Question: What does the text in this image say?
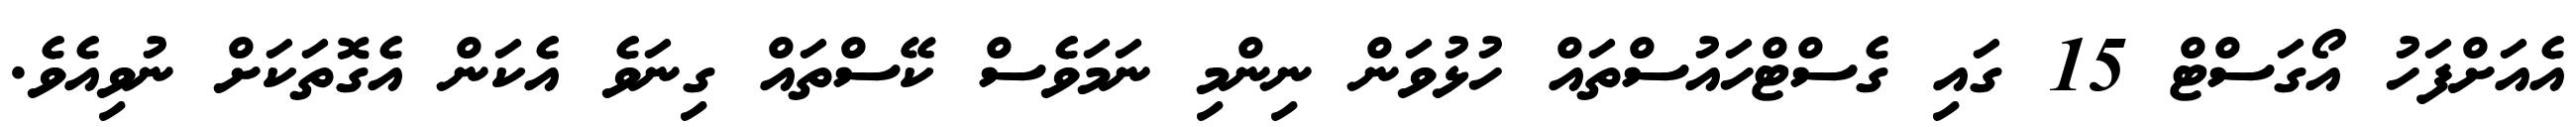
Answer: އެއަށްފަހު އޯގަސްޓް 15 ގައި ގެސްޓްހައުސްތައް ހުޅުވަން ނިންމި ނަމަވެސް ކޭސްތައް ގިނަވެ އެކަން އެގޮތަކަށް ނުވިއެވެ.